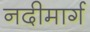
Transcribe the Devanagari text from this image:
नदीमार्ग